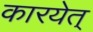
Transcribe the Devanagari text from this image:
कारयेत्‌